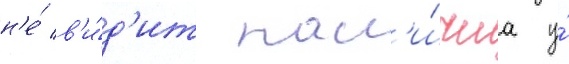
н'е́ в'и́д'ит нал'и́чиа у́